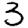
Digit: 3